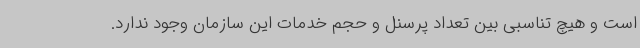
است و هیچ تناسبی بین تعداد پرسنل و حجم خدمات این سازمان وجود ندارد.